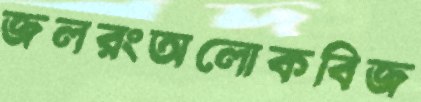
জলরংঅলোকবিজ